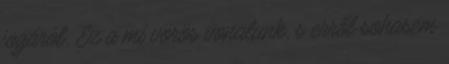
jogáról. Ez a mi vörös vonalunk, s erről sohasem